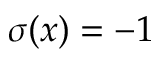
\sigma ( x ) = - 1